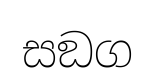
සඞග